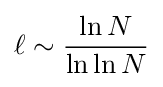
\ell \sim {\frac {\ln N}{\ln \ln N}}